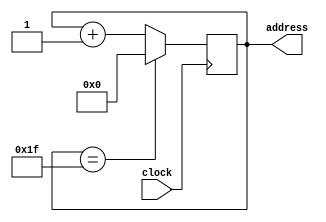
module counter_module (
    input clock, output reg [4:0] address
);
    always @(posedge clock) begin
        if (address == 31) begin
            address = 0;
        end else begin
            address = address + 1;
        end
    end
endmodule